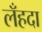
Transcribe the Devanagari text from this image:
लँहदा